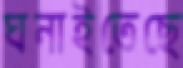
ঘনাইতেছে